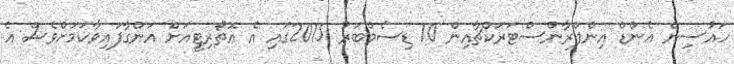
ހައުސިން އެންޑް އިންފްރާންސްޓަރަކްޗާއިން 10 ޑިސެމްބަރު 2015ގައި އެ އޮތޯރިޓީއަށް އަންގާފައިވާކަމަށްވެސް އެ